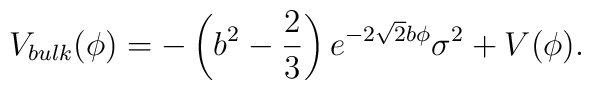
V_{bulk}(\phi) = -\left(b^2 -\frac{2}{3}\right)e^{-2\sqrt{2}b \phi} \sigma^2 +V(\phi).